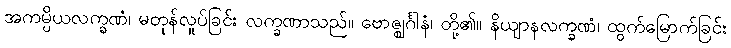
အကမ္ပိယလက္ခဏံ၊ မတုန်လှုပ်ခြင်း လက္ခဏာသည်။ ဗောဇ္ဈင်္ဂါနံ၊ တို့၏။ နိယျာနလက္ခဏံ၊ ထွက်မြောက်ခြင်း